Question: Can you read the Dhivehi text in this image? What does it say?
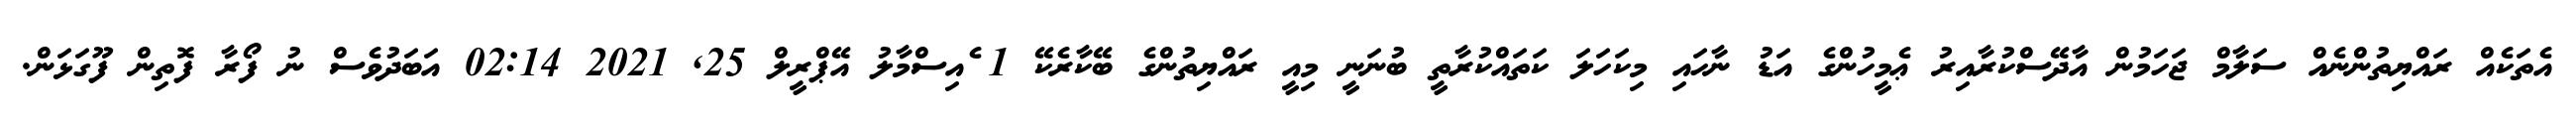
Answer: އެތަކެއް ރައްޔިތުންނެއް ސަލާމް ޖަހަމުން އާދޭސްކުރާއިރު ޢެމީހުންގެ އަޑު ނާހައި މިކަހަލަ ކަތައްކުރާތީ ބުނަނީ މިއީ ރައްޔިތުންގެ ބޭކާރެކޭ 1 ެއިސްމާލު އޭޕްރީލް 25, 2021 02:14 އަބަދުވެސް ނު ފޯރާ ފޮތިން ފޫގަޅަން.